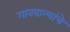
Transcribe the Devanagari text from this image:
गाववाल्यांचे